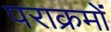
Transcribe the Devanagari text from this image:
पराक्रमों